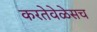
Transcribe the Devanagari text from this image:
करतेवेळेसच